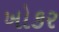
ખોકર